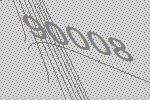
90008